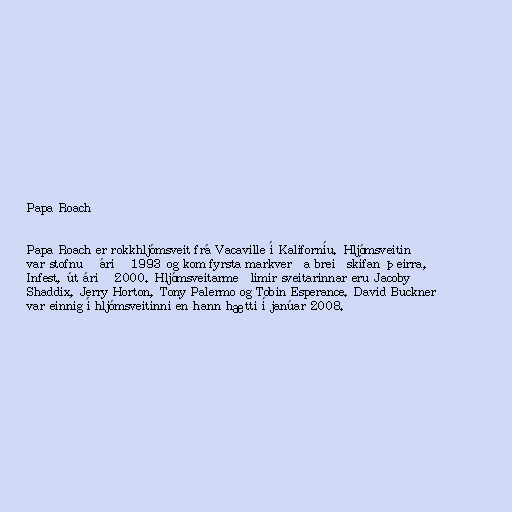
Papa Roach

Papa Roach er rokkhljómsveit frá Vacaville í Kaliforníu. Hljómsveitin
var stofnuð árið 1993 og kom fyrsta markverða breiðskífan þeirra,
Infest, út árið 2000. Hljómsveitarmeðlimir sveitarinnar eru Jacoby
Shaddix, Jerry Horton, Tony Palermo og Tobin Esperance. David Buckner
var einnig í hljómsveitinni en hann hætti í janúar 2008.